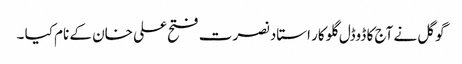
گوگل نے آج کا ڈوڈل گلوکار استاد نصرت فتح علی خان کے نام کیا ۔